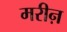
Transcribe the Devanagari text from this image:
मरीऩ